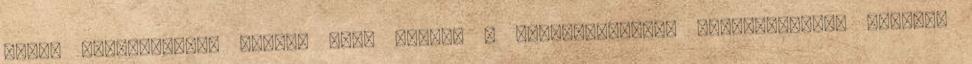
hírek kategóriából Videó: Négy halott a spanyolországi földrengésben Munkába